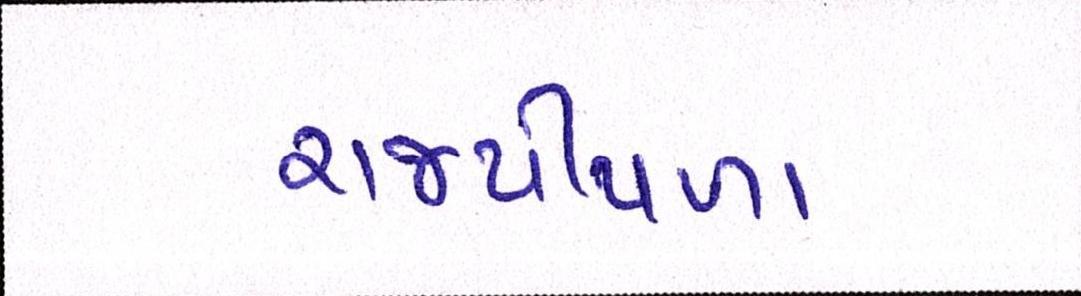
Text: રાજપીપળા